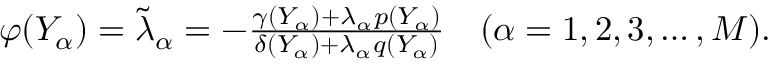
\begin{array} { r } { \varphi ( Y _ { \alpha } ) = \tilde { \lambda } _ { \alpha } = - \frac { \gamma ( Y _ { \alpha } ) + \lambda _ { \alpha } p ( Y _ { \alpha } ) } { \delta ( Y _ { \alpha } ) + \lambda _ { \alpha } q ( Y _ { \alpha } ) } \quad ( \alpha = 1 , 2 , 3 , \ldots , M ) . } \end{array}